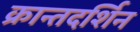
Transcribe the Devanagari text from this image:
क्रान्तदर्शिन